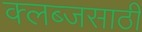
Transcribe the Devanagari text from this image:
क्लब्जसाठी